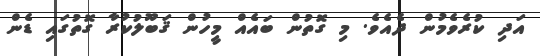
އަދި ކުރެވެމުން ދެއެވެ. މި ގޮތުން ބައެއް މީހުން ޤަބޫލުކުރާ ގޮތުގައި ޑެން